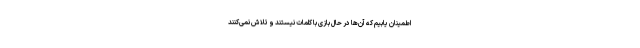
اطمینان یابیم که آن‌ها در حال بازی با کلمات نیستند و تلاش نمی‌کنند